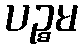
ပဉ္စမ